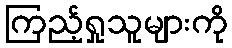
ကြည့်ရှုသူများကို